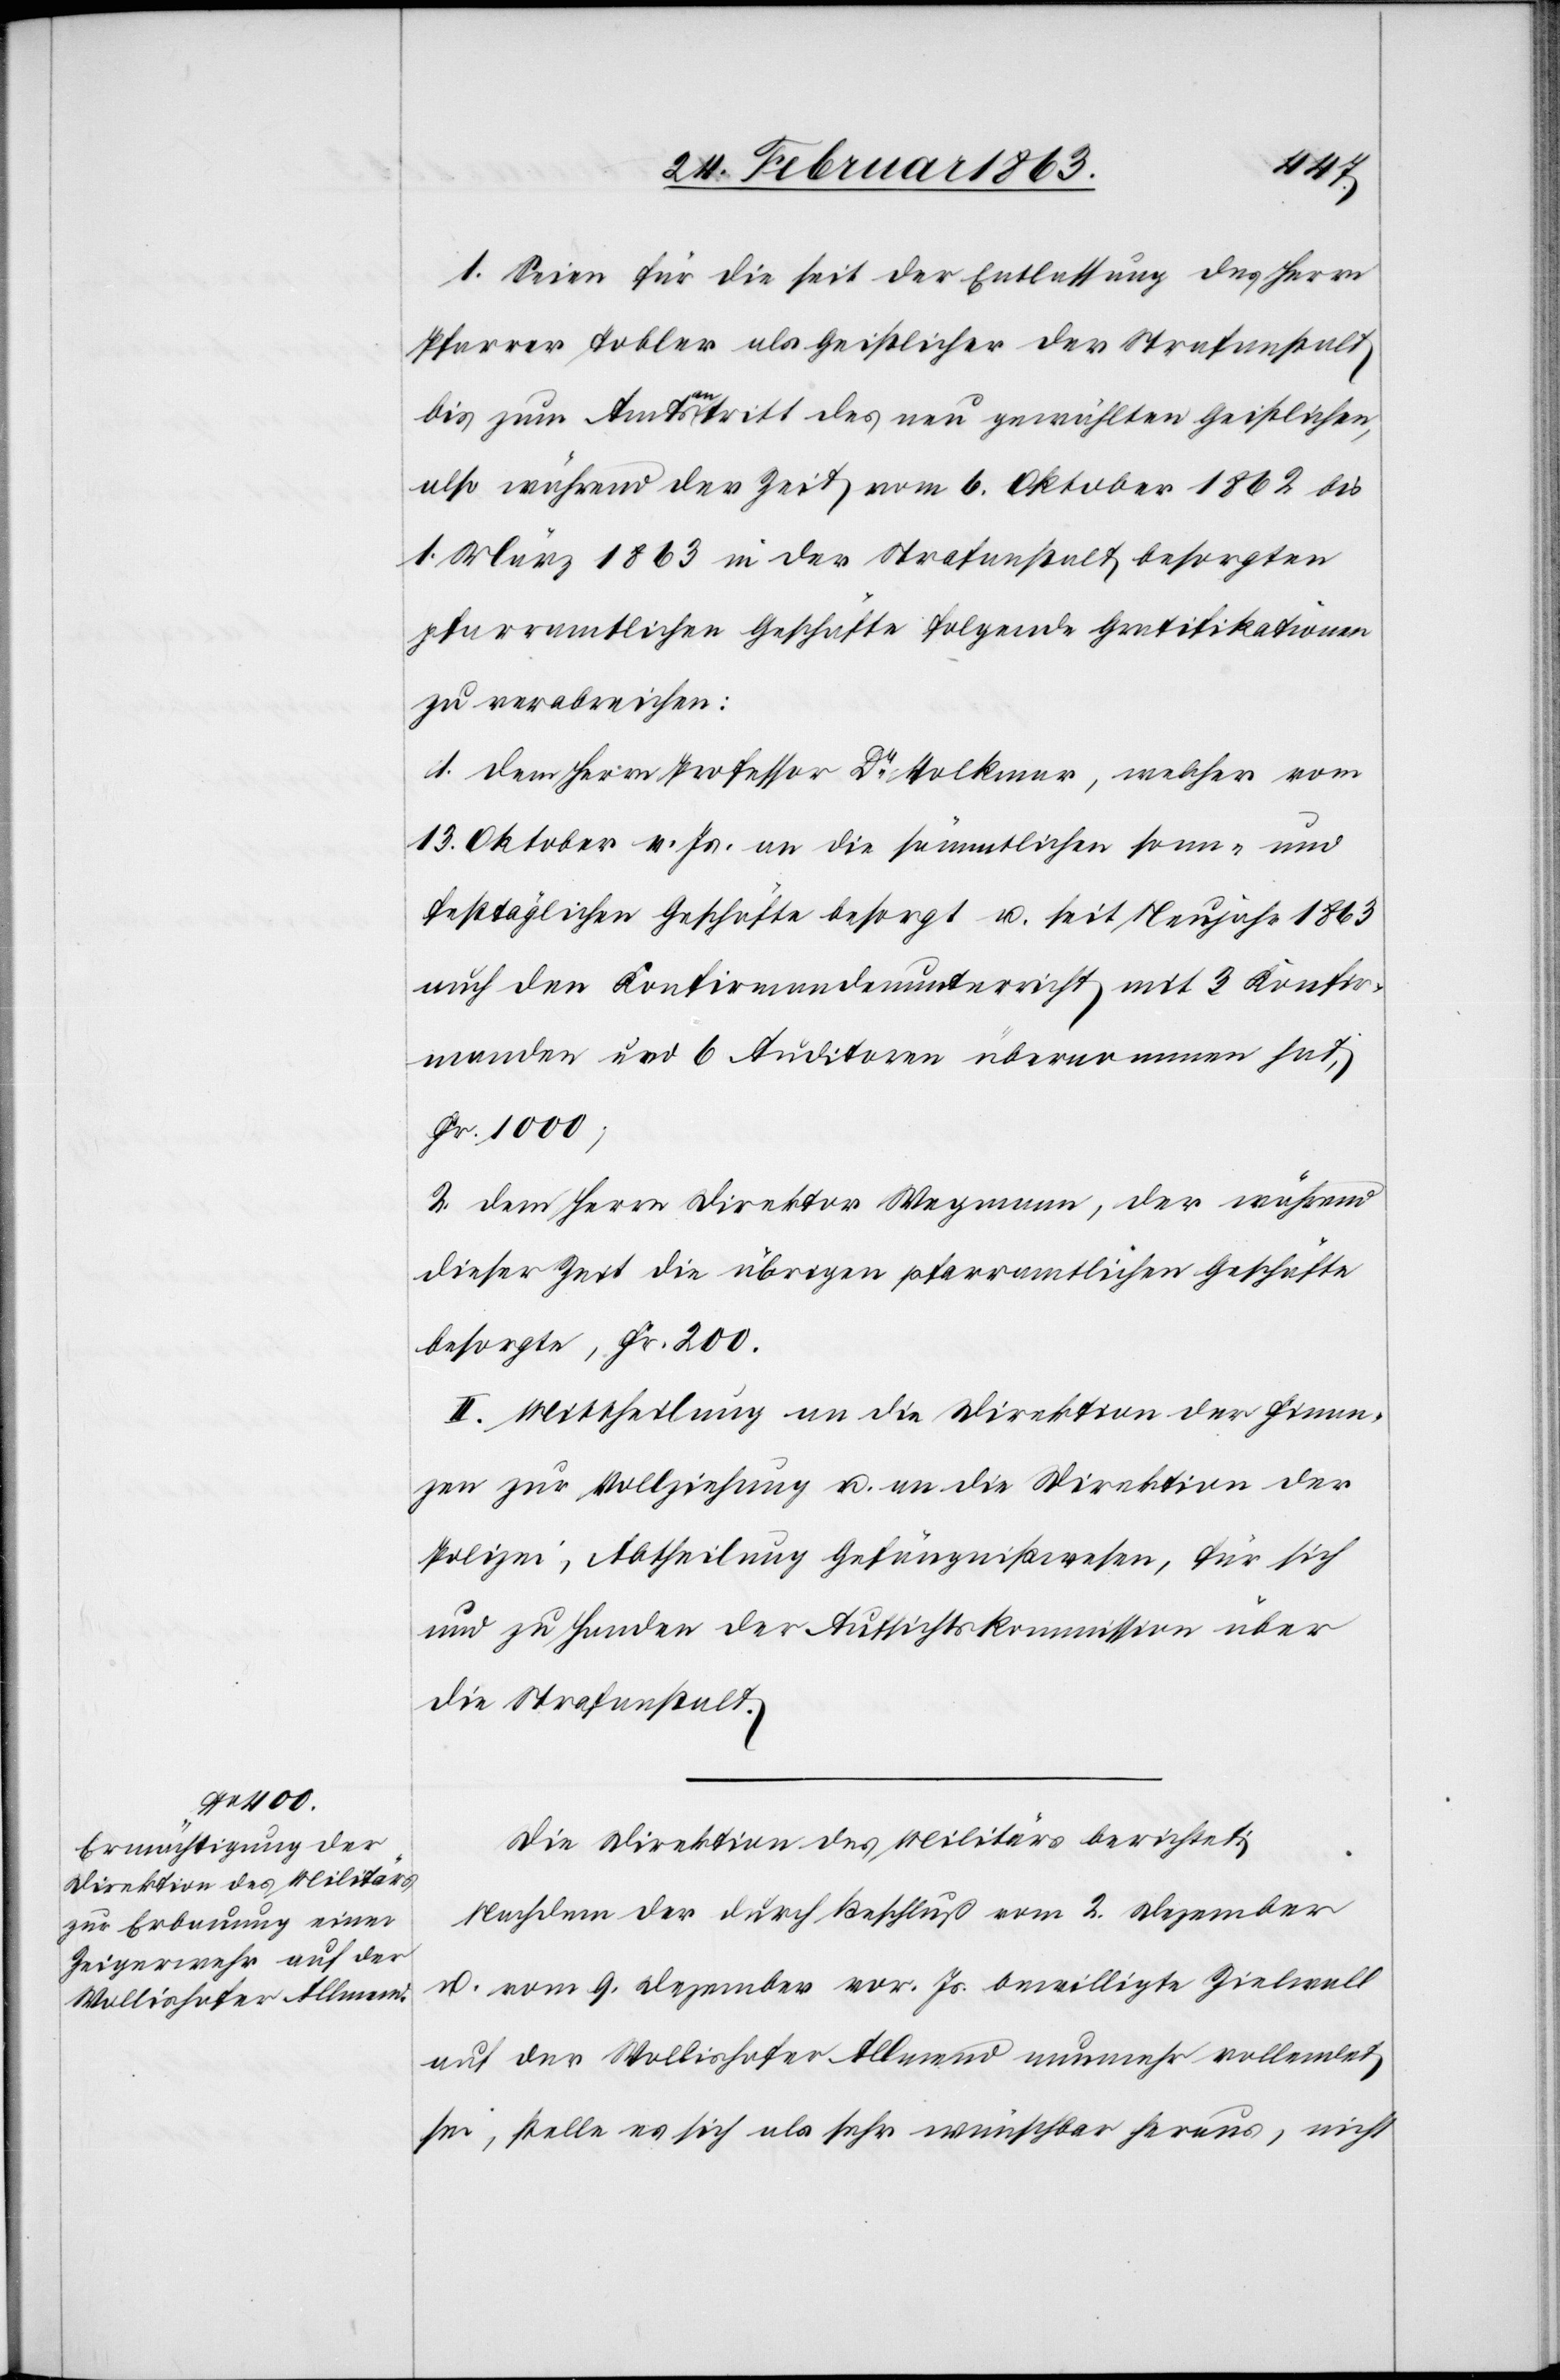
1.
I.] Seien für die seit der Entlassung des Herrn
Pfarrer Tobler als Geistlicher der Strafanstalt
bis zum Amtsantritt des neu gewählten Geistlichen,
also während der Zeit vom 6. Oktober 1862 bis
1. März 1863 in der Strafanstalt besorgten
pfarramtlichen Geschäfte folgende Gratifikationen
zu verabreichen:
1. dem Herrn Professor Dr Volkmar, welcher vom
13. Oktober v. Js. an die sämmtlichen sonn- und
festtäglichen Geschäfte besorgt u. seit Neujahr 1863
auch den Konfirmandenunterricht mit 3 Konfir¬
manden und 6 Auditoren übernommen hat,
Fr. 1000;
2. dem Herrn Direktor Wegmann, der während
dieser Zeit die übrigen pfarramtlichen Geschäfte
besorgte, Fr. 200.
II. Mittheilung an die Direktion der Finan¬
zen zur Vollziehung u. an die Direktion der
Polizei, Abtheilung Gefängnißwesen, für sich
und zu Handen der Aufsichtskommission über
die Strafanstalt.
Die Direktion des Militärs berichtet:
Nachdem der durch Beschluß vom 2. Dezember
u. vom 9. Dezember vor. Js. bewilligte Zielwall
auf der Wollishofer Allmend nunmehr vollendet
sei, stelle es sich als sehr wünschbar heraus, nicht